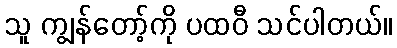
သူ ကျွန်တော့်ကို ပထဝီ သင်ပါတယ်။